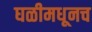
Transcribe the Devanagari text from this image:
घळीमधूनच